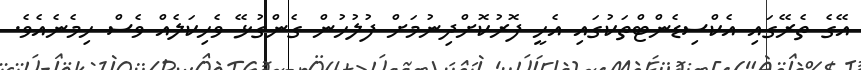
އޭގެ ތެރޭގައި އެކްސިޑެންޓްތަކުގައި އެހީ ފޮރުކޮށްދިނުމަށް ފުލުހުން ގެންގުޅޭ ވެހިކަލެއް ވެސް ހިމެނެއެވެ.